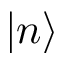
| n \rangle